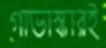
গাভাস্কারই